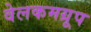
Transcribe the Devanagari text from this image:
वेलकमग्रूप